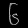
Digit: ၆